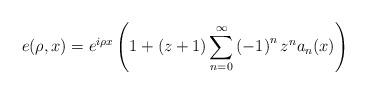
LaTeX: \begin{align*}e(\rho,x)=e^{i\rho x}\left( 1+\left( z+1\right) \sum_{n=0}^{\infty}\left(-1\right) ^{n}z^{n}a_{n}(x)\right) \end{align*}